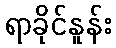
ရာခိုင်နူန်း